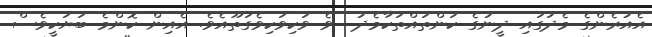
އެއުރެންގެ މެދުގައި ދީނުގެ ކަންތައްތަކާމެދު  ވެ ވަކިވަކިވެގަތޫއެވެ. އެއިން ކޮންމެ ބަޔަކީވެސް